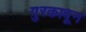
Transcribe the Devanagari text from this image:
गुरकावून